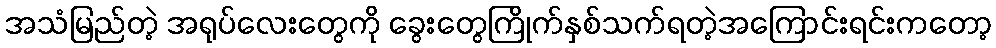
အသံမြည်တဲ့ အရုပ်လေးတွေကို ခွေးတွေကြိုက်နှစ်သက်ရတဲ့အကြောင်းရင်းကတော့